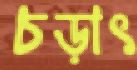
চড়াৎ